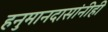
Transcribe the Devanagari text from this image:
हनुमानदासांनीही